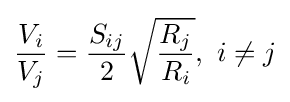
{\frac {V_{i}}{V_{j}}}={\frac {S_{ij}}{2}}{\sqrt {\frac {R_{j}}{R_{i}}}},{\text{ }}i\neq j